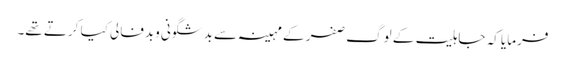
فرمایا کہ جاہلیت کے لوگ صفر کے مہینہ سے بدشگونی وبدفالی کیا کرتے تھے۔